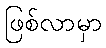
ဖြစ်လာမှာ